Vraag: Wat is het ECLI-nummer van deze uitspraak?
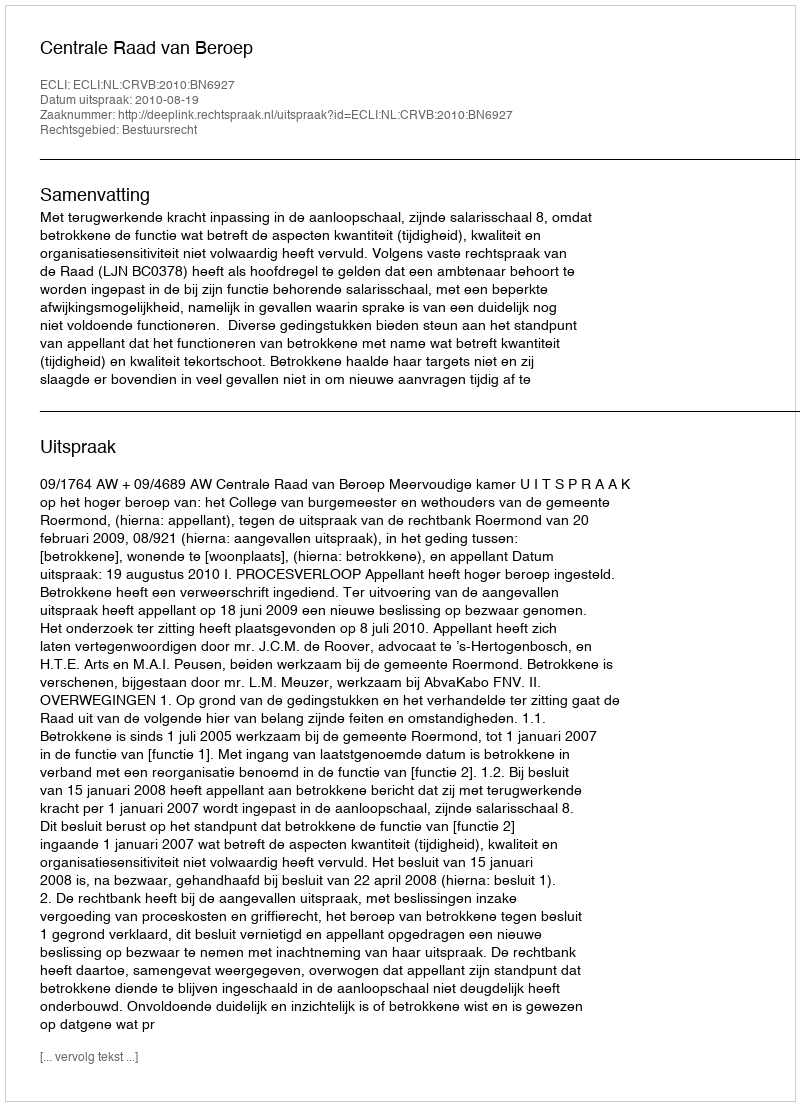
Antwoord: ECLI:NL:CRVB:2010:BN6927